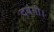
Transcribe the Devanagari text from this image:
दबंगी।